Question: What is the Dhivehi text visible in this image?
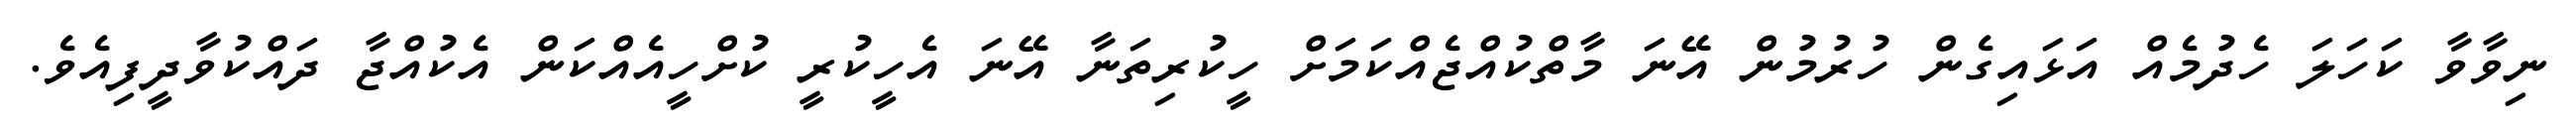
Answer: ނިވާވާ ކަހަލަ ހެދުމެއް އަޅައިގެން ހުރުމުން އޭނަ މާތްކުއްޖެއްކަމަށް ހީކުރިތަނާ އޭނަ އެހީކުރީ ކުށްހީއެއްކަން އެކުއްޖާ ދައްކުވާދީފިއެވެ.